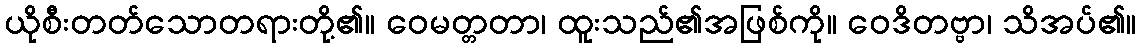
ယိုစီးတတ်သောတရားတို့၏။ ဝေမတ္တတာ၊ ထူးသည်၏အဖြစ်ကို။ ဝေဒိတဗ္ဗာ၊ သိအပ်၏။